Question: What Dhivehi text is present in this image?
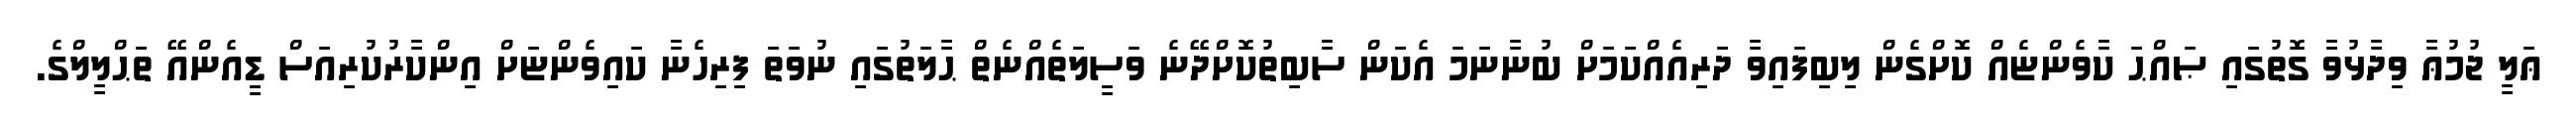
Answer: ޢަލީ ޖުމުޢާ ވިދާޅުވާ ގޮތުގައި ޞައްޙަ ކާވެންޏެއް ކޮށްގެން ލިބިފައިވާ ދަރިއެއްކަމަށް ބުނާނަމަ އެކަން ސާބިތުކޮށްދޭނެ ވަސީލަތެއްނެތް ޙާލަތުގައި ނުވަތަ ފިރިހެނާ ކައިވެންޏަށް އިންކާރުކުރިއަސް ޑީއެންއޭ ތަޙްލީލްގެ.